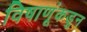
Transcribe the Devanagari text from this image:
विषाणूंकडून